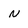
Character: N